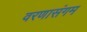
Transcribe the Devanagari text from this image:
वरणासंगम